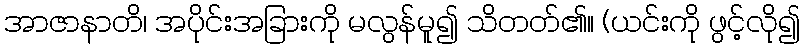
အာဇာနာတိ၊ အပိုင်းအခြားကို မလွန်မူ၍ သိတတ်၏။ (ယင်းကို ဖွင့်လို၍